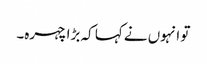
تو انہوں نے کہا کہ بڑا چہرہ۔